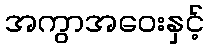
အကွာအဝေးနှင့်